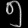
Digit: ၅